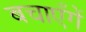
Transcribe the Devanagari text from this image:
बचाएँगें